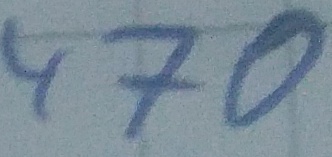
Text: 470